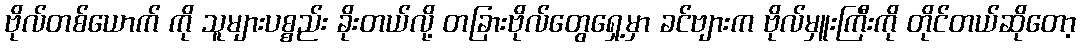
ဗိုလ်တစ်ယောက် ကို သူများပစ္စည်း ခိုးတယ်လို့ တခြားဗိုလ်တွေရှေ့မှာ ခင်ဗျားက ဗိုလ်မှူးကြီးကို တိုင်တယ်ဆိုတော့